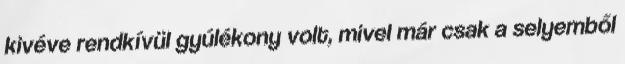
kivéve rendkívül gyúlékony volt, mivel már csak a selyemből